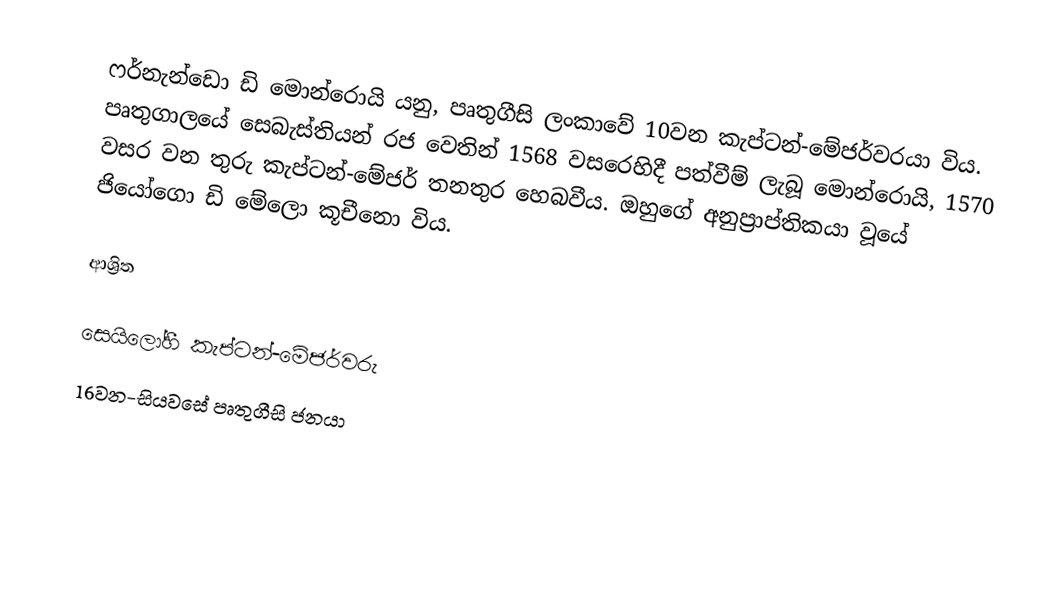
ෆර්නැන්ඩො ඩි මොන්රොයි යනු, පෘතුගීසි ලංකාවේ 10වන  කැප්ටන්-මේජර්වරයා විය. පෘතුගාලයේ සෙබැස්තියන් රජ වෙතින් 1568 වසරෙහිදී පත්වීම් ලැබූ මොන්රොයි, 1570 වසර වන තුරු කැප්ටන්-මේජර් තනතුර හෙබවීය. ඔහුගේ අනුප්‍රාප්තිකයා වූයේ ජියෝගො ඩි මේලො කූචීනො විය.

ආශ්‍රිත

 සෙයිලෝහී කැප්ටන්-මේජර්වරු
16වන-සියවසේ පෘතුගීසි ජනයා